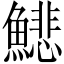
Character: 𩻺